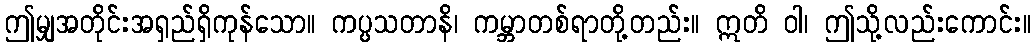
ဤမျှအတိုင်းအရှည်ရှိကုန်သော။ ကပ္ပသတာနိ၊ ကမ္ဘာတစ်ရာတို့တည်း။ ဣတိ ဝါ၊ ဤသို့လည်းကောင်း။